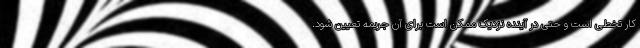
کار تخطی است و حتی در آینده نزدیک ممکن است برای آن جریمه تعیین شود.